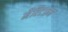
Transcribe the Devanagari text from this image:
मैरिटाइम